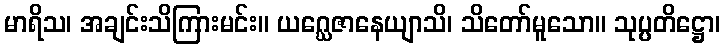
မာရိသ၊ အချင်းသိကြားမင်း။ ယဂ္ဃေဇာနေယျာသိ၊ သိတော်မူသော။ သုပ္ပတိဋ္ဌော၊